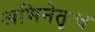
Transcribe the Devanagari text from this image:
अभिनेतृत्व